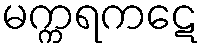
မက္ကရကဋေ